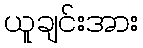
ယူချင်းအား